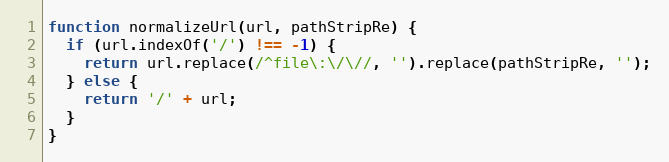
Language: JavaScript
function normalizeUrl(url, pathStripRe) {
  if (url.indexOf('/') !== -1) {
    return url.replace(/^file\:\/\//, '').replace(pathStripRe, '');
  } else {
    return '/' + url;
  }
}